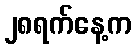
၂၈ရက်နေ့က